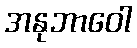
အနုဘာဝေါ